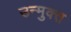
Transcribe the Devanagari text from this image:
उन्‍मुक्‍त